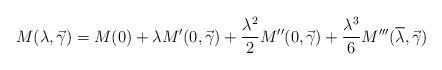
LaTeX: \begin{align*}M(\lambda, \vec\gamma)=M(0) + \lambda M'(0, \vec \gamma) + \dfrac{\lambda^2}{2} M''(0, \vec \gamma) + \dfrac{\lambda^3}{6} M'''(\overline{\lambda}, \vec \gamma)\end{align*}